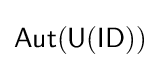
{\mathsf {Aut(U(ID))}}